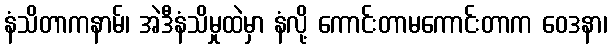
နံသိတာကနာမ်၊ အဲဒီနံသိမှုထဲမှာ နံလို့ ကောင်းတာမကောင်းတာက ဝေဒနာ၊